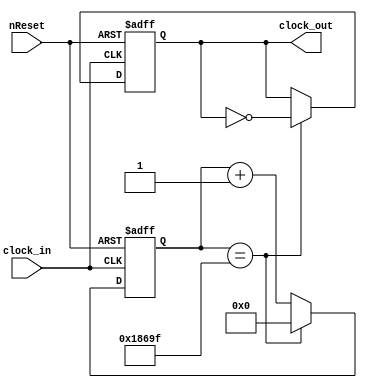
/* Clock 12MHz -> 60Hz */
module Clock_12Mto60(clock_in, clock_out, nReset);

input clock_in;
input nReset;   // Negative logic
output clock_out;

wire clock_in, nReset;
reg clock_out;
reg [16:0] count;

always @(posedge clock_in or negedge nReset) begin
    if(!nReset) begin
        count <= 17'd0;
        clock_out <= 1'd0;
    end
    else if(count == 17'd99999) begin
        count <= 17'd0;
        clock_out <= ~clock_out;
    end
    else
        count <= count + 17'd1;
    
end

endmodule